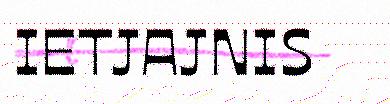
IETJAJNIS